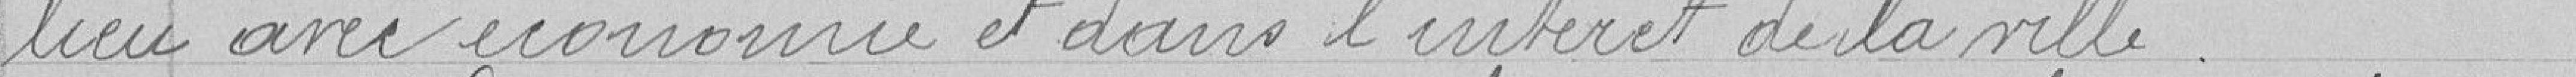
lieu avec économie et dans l'intérêt de la ville.